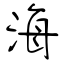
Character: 海